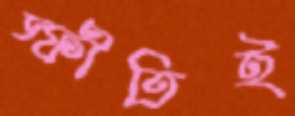
স্ফীতিই